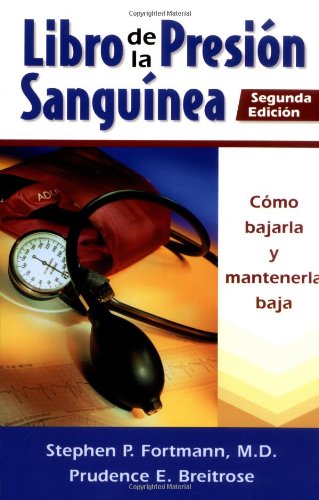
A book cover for Libro De LA Presion Sanguinea : Como Bajarla Y Mantenerlabaja / The Blood Pressure Book: How to Get It Down and Keep It Down: Como Bajarla Y Mantenerlabaja (Spanish Edition); Stephen P., M.D. Fortmann; Health, Fitness & Dieting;